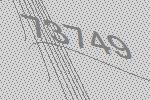
73749